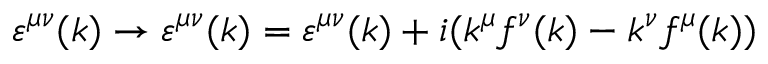
\varepsilon ^ { \mu \nu } ( k ) \rightarrow \varepsilon ^ { \mu \nu } ( k ) = \varepsilon ^ { \mu \nu } ( k ) + i ( k ^ { \mu } f ^ { \nu } ( k ) - k ^ { \nu } f ^ { \mu } ( k ) )